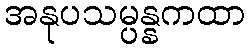
အနုပသမ္ပန္နကထာ